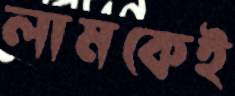
লামকেই